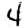
Digit: 4